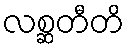
လစ္ဆတီတိ